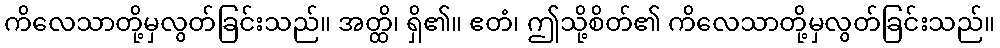
ကိလေသာတို့မှလွတ်ခြင်းသည်။ အတ္ထိ၊ ရှိ၏။ ဧတံ၊ ဤသို့စိတ်၏ ကိလေသာတို့မှလွတ်ခြင်းသည်။